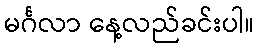
မင်္ဂလာ နေ့လည်ခင်းပါ။